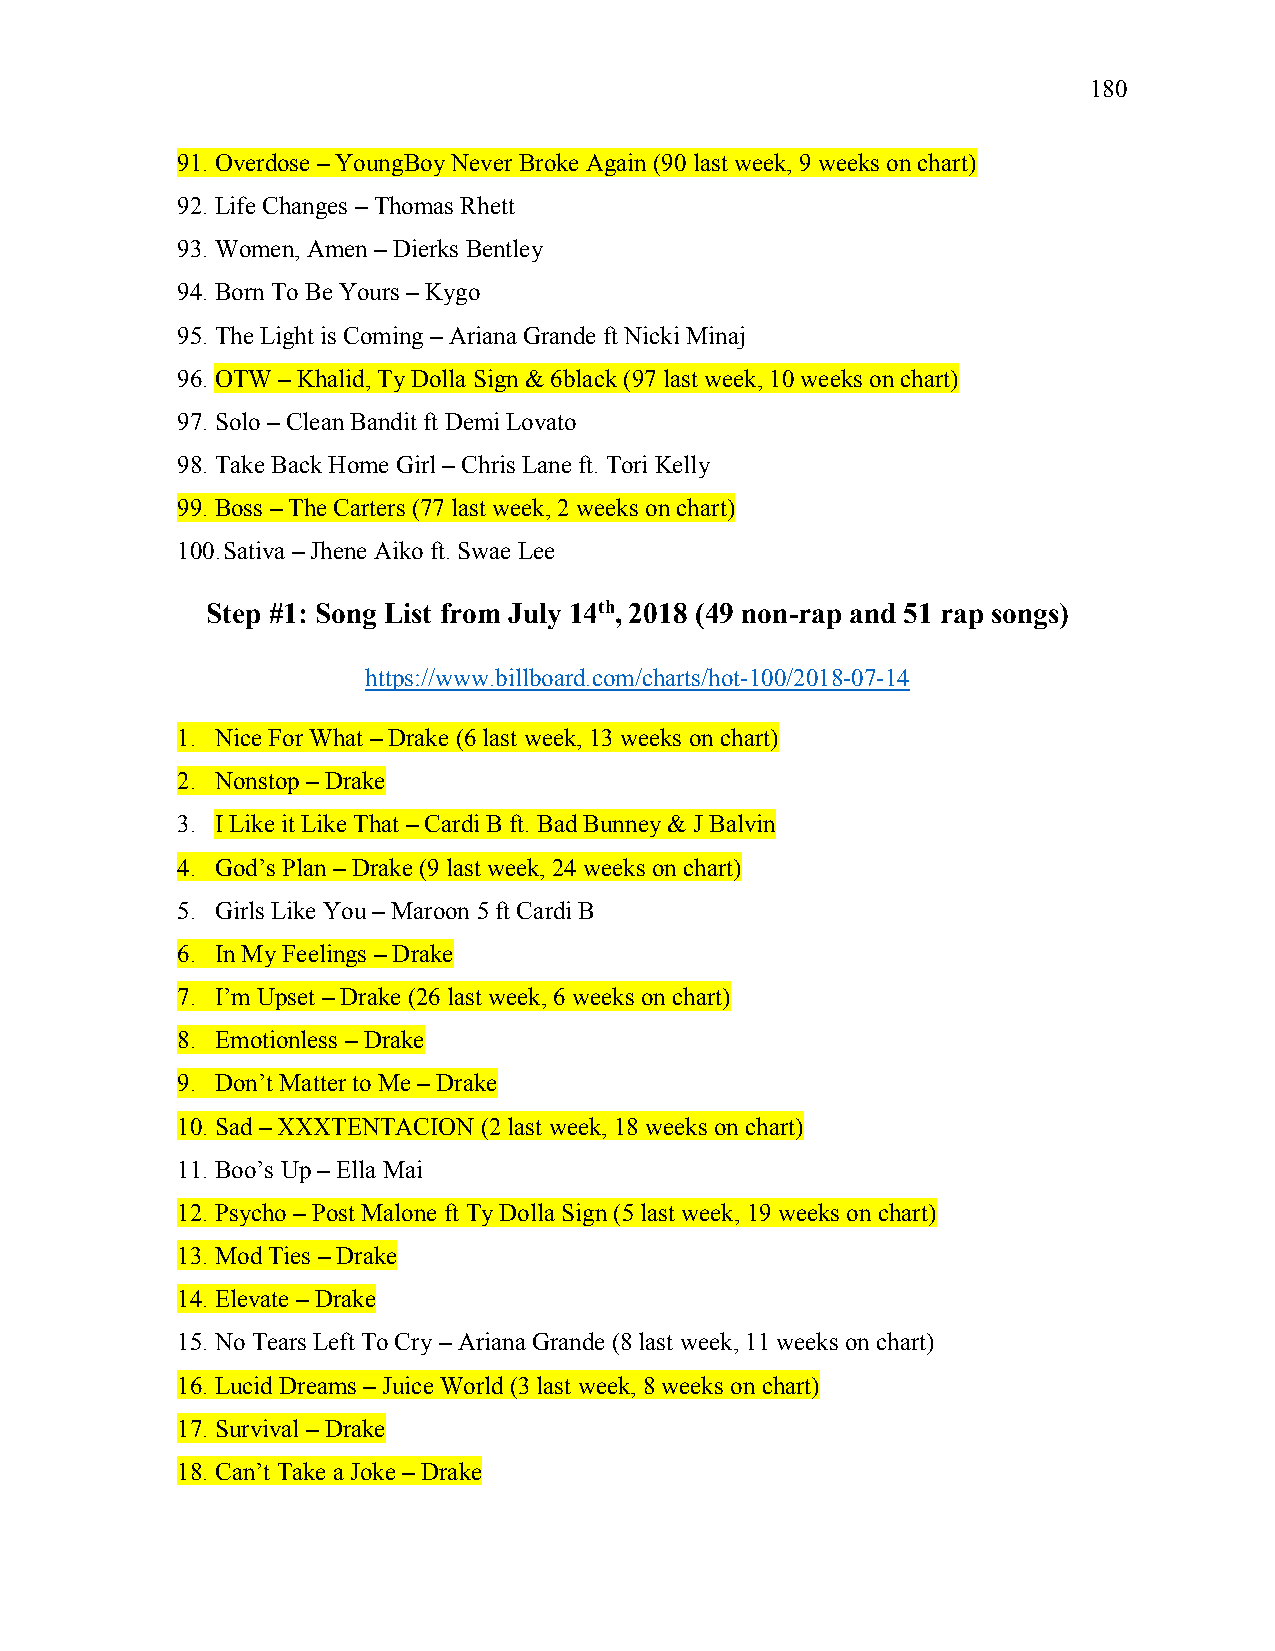
180
 91. Overdose – YoungBoy Never Broke Again (90 last week, 9 weeks on chart)
 92. Life Changes – Thomas Rhett
 93. Women, Amen – Dierks Bentley
 94. Born To Be Yours – Kygo
 95. The Light is Coming – Ariana Grande ft Nicki Minaj
 96. OTW – Khalid, Ty Dolla Sign & 6black (97 last week, 10 weeks on chart)
 97. Solo – Clean Bandit ft Demi Lovato
 98. Take Back Home Girl – Chris Lane ft. Tori Kelly
 99. Boss – The Carters (77 last week, 2 weeks on chart)
 100. Sativa – Jhene Aiko ft. Swae Lee
 Step #1: Song List from July 14th, 2018 (49 non-rap and 51 rap songs)
 https://www.billboard.com/charts/hot-100/2018-07-14
 1. Nice For What – Drake (6 last week, 13 weeks on chart)
 2. Nonstop – Drake
 3. I Like it Like That – Cardi B ft. Bad Bunney & J Balvin
 4. God’s Plan – Drake (9 last week, 24 weeks on chart)
 5. Girls Like You – Maroon 5 ft Cardi B
 6. In My Feelings – Drake
 7. I’m Upset – Drake (26 last week, 6 weeks on chart)
 8. Emotionless – Drake
 9. Don’t Matter to Me – Drake
 10. Sad – XXXTENTACION (2 last week, 18 weeks on chart)
 11. Boo’s Up – Ella Mai
 12. Psycho – Post Malone ft Ty Dolla Sign (5 last week, 19 weeks on chart)
 13. Mod Ties – Drake
 14. Elevate – Drake
 15. No Tears Left To Cry – Ariana Grande (8 last week, 11 weeks on chart)
 16. Lucid Dreams – Juice World (3 last week, 8 weeks on chart)
 17. Survival – Drake
 18. Can’t Take a Joke – Drake